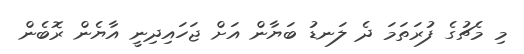
މި މެޗުގެ ފުރަތަމަ ދެ ލަނޑު ބަޔާން އަށް ޖަހައިދިނީ އާޔެން ރޮބެން